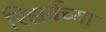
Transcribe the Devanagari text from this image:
रिझर्वच्या